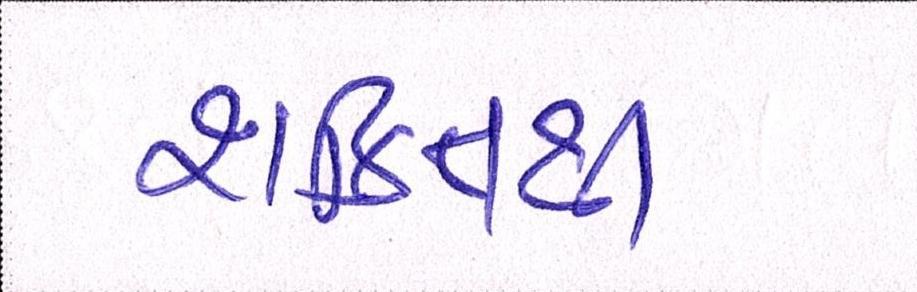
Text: શક્તિથી